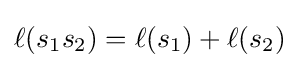
\ell (s_{1}s_{2})=\ell (s_{1})+\ell (s_{2})